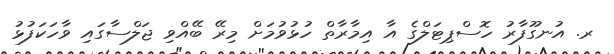
ރ. އުނގޫފާރު ހޮސްޕިޓަލްގެ އާ އިމާރާތް ހުޅުވުމަށް މިރޭ ބޭއްވި ޖަލްސާގައި ވާހަކަފުޅު